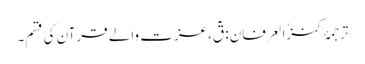
ترجمۂ کنزُالعِرفان: قٓ،عزت والے قرآن کی قسم۔